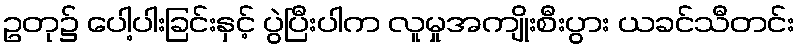
ဥတု၌ ပေါ့ပါးခြင်းနှင့် ပွဲပြီးပါက လူမှုအကျိုးစီးပွား ယခင်သီတင်း